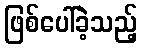
ဖြစ်ပေါ်ခဲ့သည့်